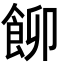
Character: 飹